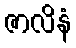
ဇာလိနံ